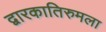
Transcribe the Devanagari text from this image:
द्वारकातिरुमला